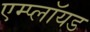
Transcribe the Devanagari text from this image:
एम्प्लॉयड